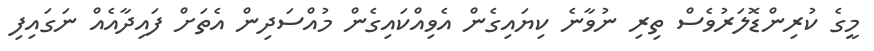
މީގެ ކުރިންޑޮލަރުވެސް ތިރި ނުވާނެ ކިޔައިގެން އެވިއްކައިގެން މުއްސަދިން އެތަށް ފައިދާއެއް ނަގައިފި